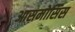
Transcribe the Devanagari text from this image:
आसमोसिस